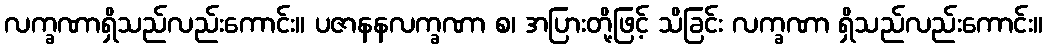
လက္ခဏာရှိသည်လည်းကောင်း။ ပဇာနနလက္ခဏာ စ၊ အပြားတို့ဖြင့် သိခြင်း လက္ခဏာ ရှိသည်လည်းကောင်း။